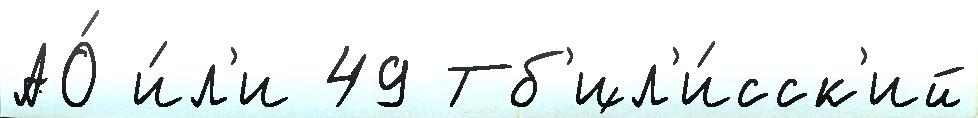
АО́ и́л'и 49 Тб'ил'и́сск'ий